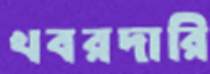
খবরদারি